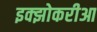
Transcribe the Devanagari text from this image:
इक्झोकरीआ